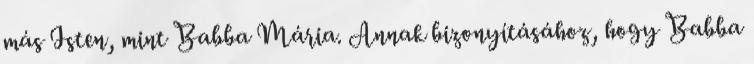
más Isten, mint Babba Mária. Annak bizonyításához, hogy Babba